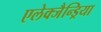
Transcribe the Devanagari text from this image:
एलेक्जैन्ड्रिया